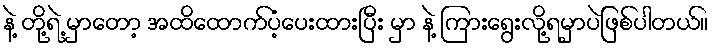
နဲ့ တို့ရဲ့ မှာတော့ အထိထောက်ပံ့ပေးထားပြီး မှာ နဲ့ ကြားရွေးလို့ရမှာပဲဖြစ်ပါတယ်။